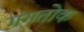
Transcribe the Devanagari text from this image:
गंगतोक